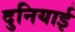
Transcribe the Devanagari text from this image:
दुनियाई